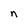
Character: n